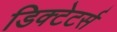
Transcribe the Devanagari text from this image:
डिक्टेटर्स